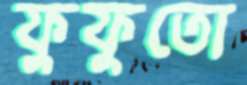
ফুফুতো